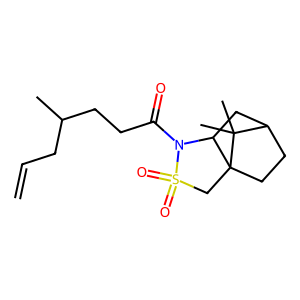
SMILES: C=CCC(C)CCC(=O)N1C2CC3CCC2(CS1(=O)=O)C3(C)C
Inhibits HIV replication: No